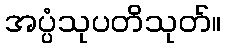
အပ္ပံသုပတိသုတ်။